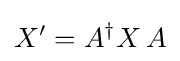
X'=A^{\dagger }X\,A